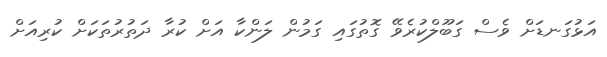
އަޅުގަނޑަށް ވެސް ގަބޫލްކުރެވޭ ގޮތުގައި ގަމުން ލަންކާ އަށް ކުރާ ދަތުރުތަކަށް ކުރިއަށް